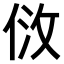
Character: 𠈹